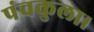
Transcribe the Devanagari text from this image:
पंचकुला।